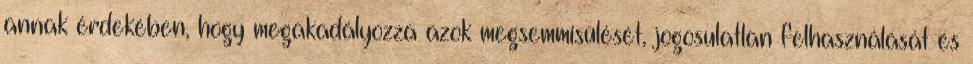
annak érdekében, hogy megakadályozza azok megsemmisülését, jogosulatlan felhasználását és